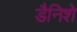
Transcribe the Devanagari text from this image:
डैनिशे